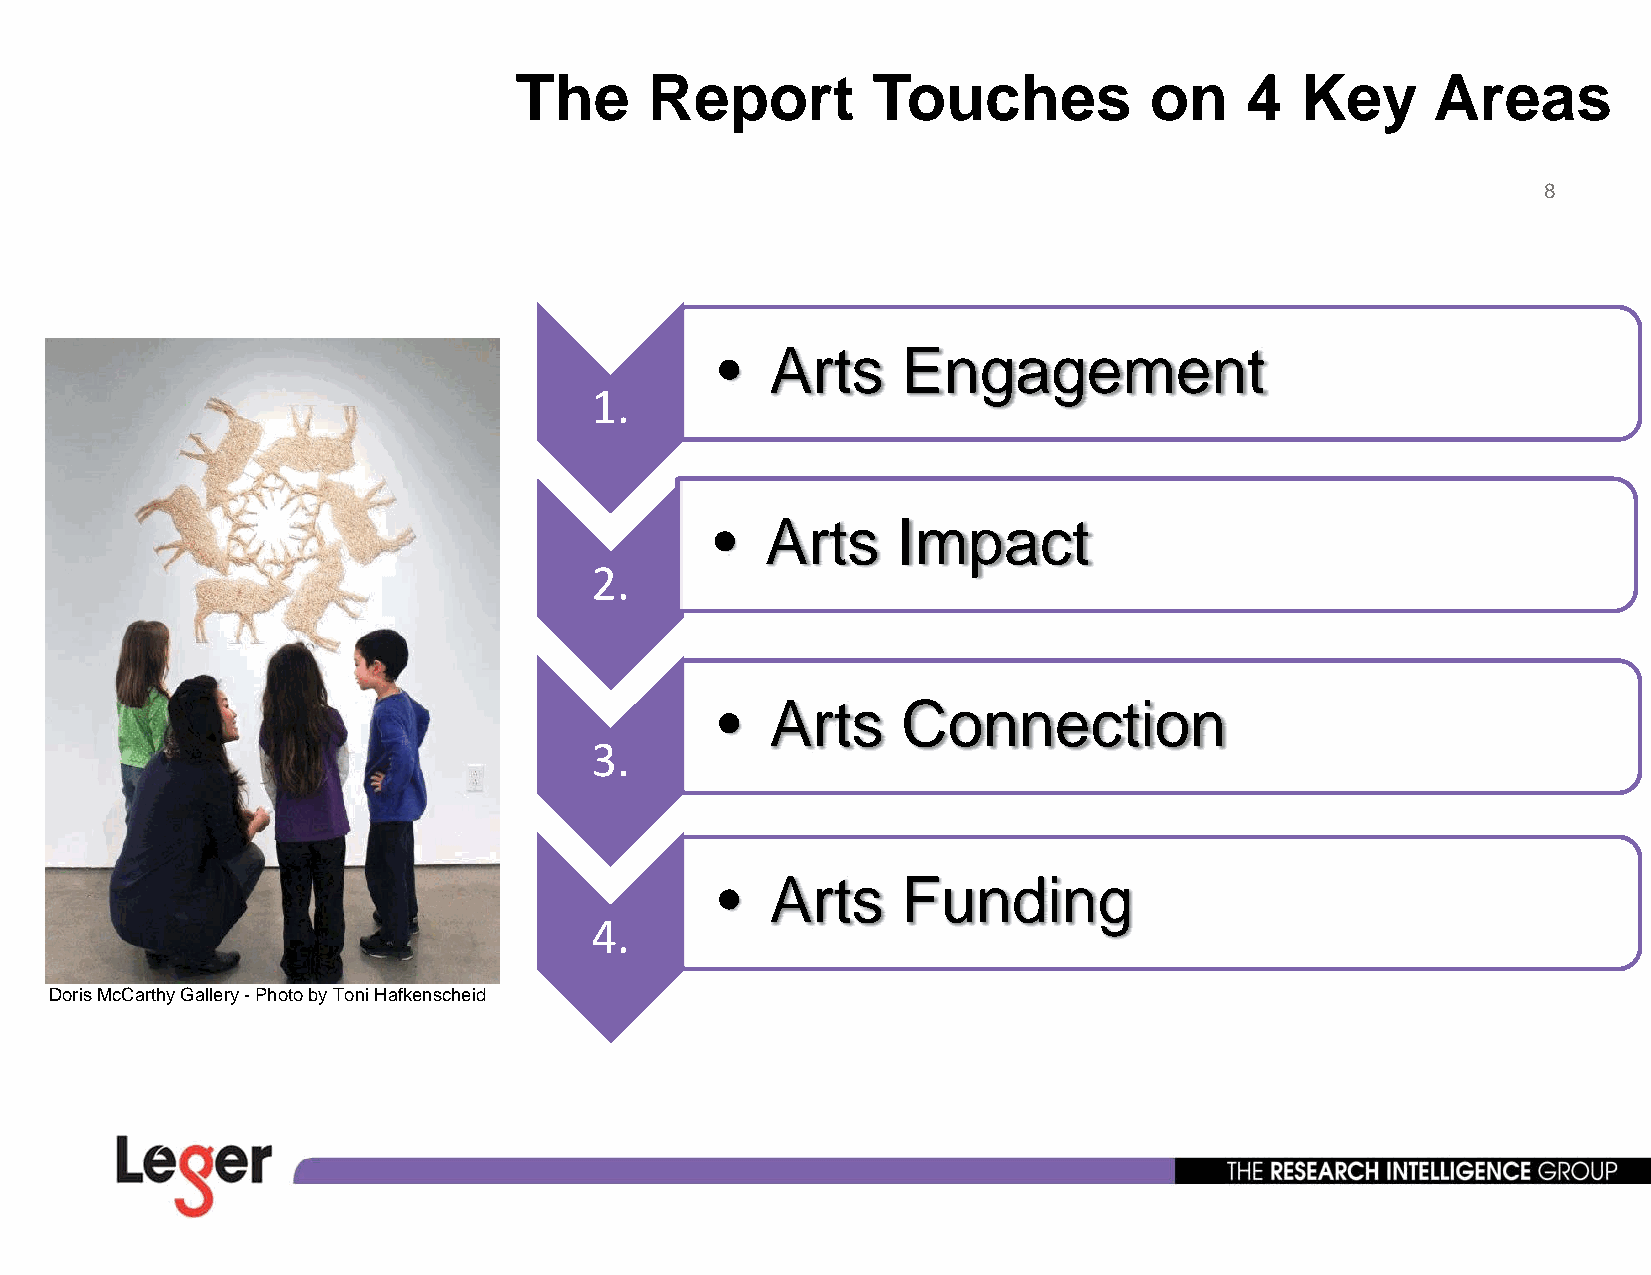
The      Report         Touches           on    4   Key      Areas
 8
 •  Arts     Engagement
 1.
 •   Arts    Impact
 2.
 •  Arts     Connection
 3.
 •  Arts     Funding
 44.
 Doris McCarthy Gallery -Photo by Toni Hafkenscheid